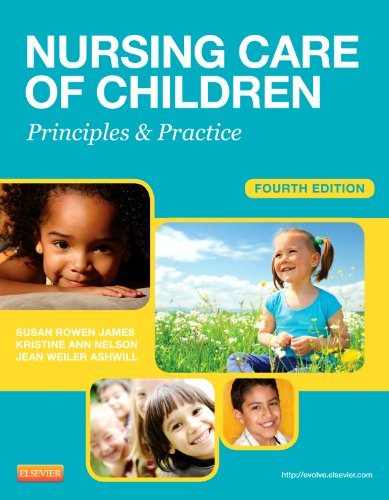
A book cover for Nursing Care of Children: Principles and Practice, 4e (James, Nursing Care of Children); Susan R. James PhD  MSN  RN; Medical Books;